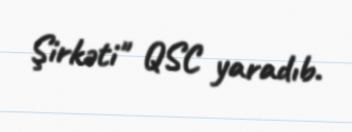
Şirkəti" QSC yaradıb.